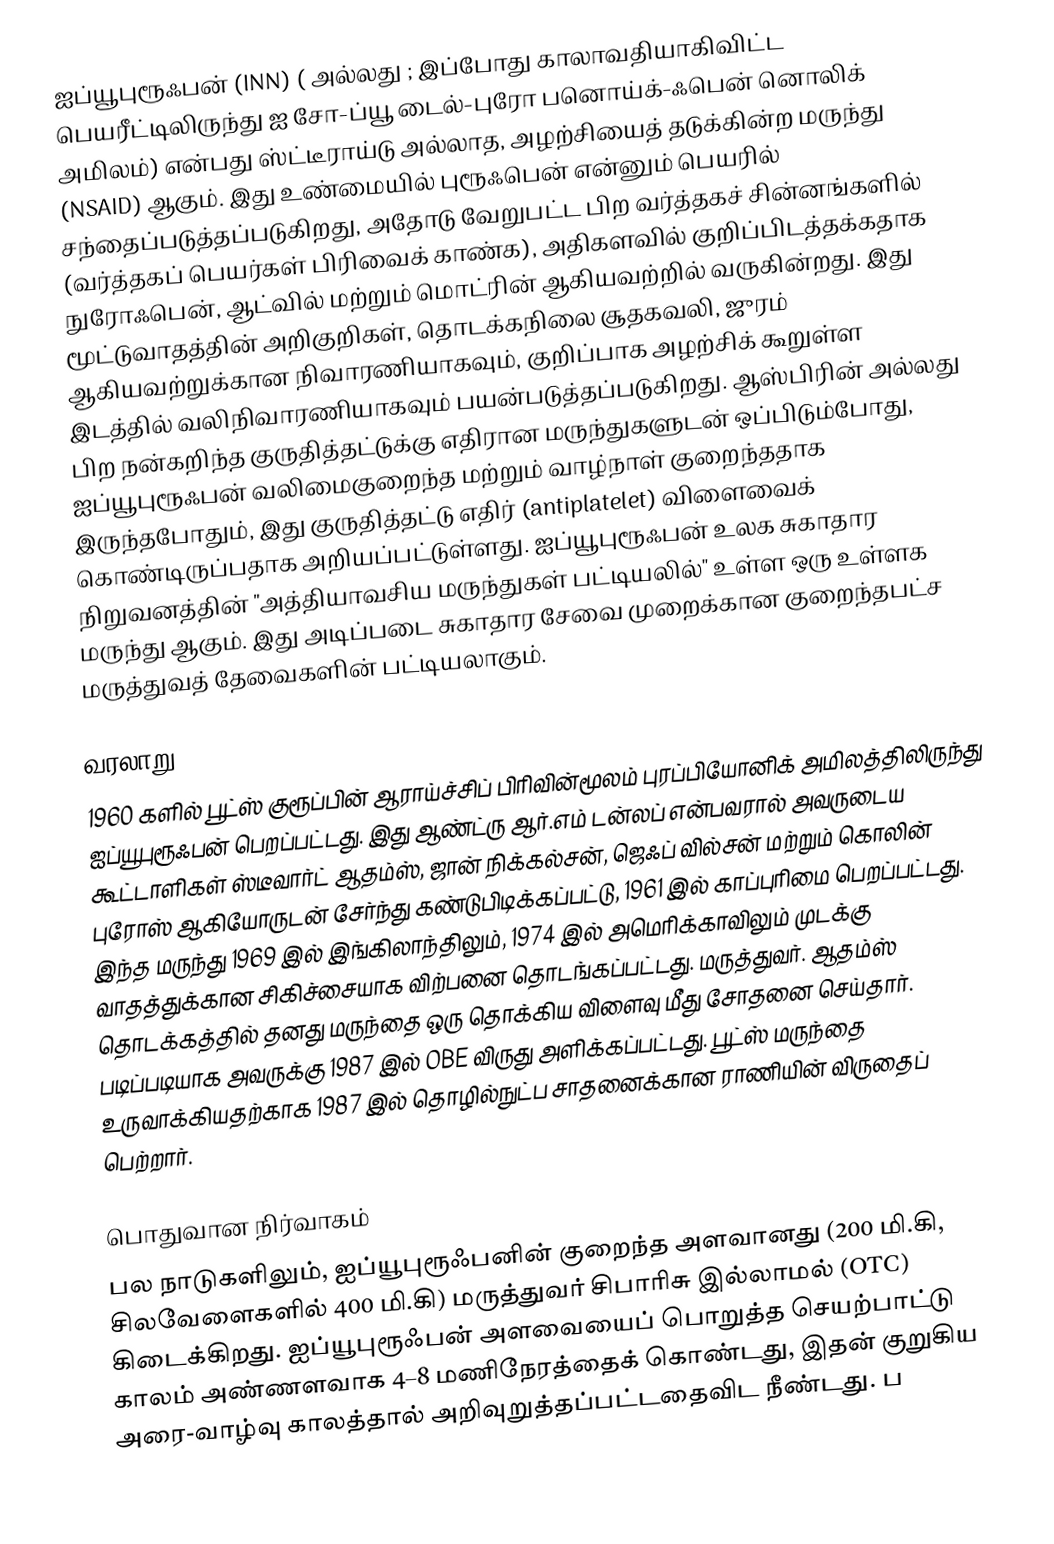
ஐப்யூபுரூஃபன்  (INN) ( அல்லது ; இப்போது காலாவதியாகிவிட்ட பெயரீட்டிலிருந்து ஐ சோ-ப்யூ டைல்-புரோ பனொய்க்-ஃபென் னொலிக் அமிலம்) என்பது ஸ்ட்டீராய்டு அல்லாத, அழற்சியைத் தடுக்கின்ற மருந்து (NSAID) ஆகும். இது உண்மையில் புரூஃபென்  என்னும் பெயரில் சந்தைப்படுத்தப்படுகிறது, அதோடு வேறுபட்ட பிற வர்த்தகச் சின்னங்களில் (வர்த்தகப் பெயர்கள் பிரிவைக் காண்க), அதிகளவில் குறிப்பிடத்தக்கதாக நுரோஃபென், ஆட்வில் மற்றும் மொட்ரின் ஆகியவற்றில் வருகின்றது. இது மூட்டுவாதத்தின் அறிகுறிகள், தொடக்கநிலை சூதகவலி, ஜுரம் ஆகியவற்றுக்கான நிவாரணியாகவும், குறிப்பாக அழற்சிக் கூறுள்ள இடத்தில் வலிநிவாரணியாகவும் பயன்படுத்தப்படுகிறது. ஆஸ்பிரின் அல்லது பிற நன்கறிந்த குருதித்தட்டுக்கு எதிரான மருந்துகளுடன் ஒப்பிடும்போது, ஐப்யூபுரூஃபன் வலிமைகுறைந்த மற்றும் வாழ்நாள் குறைந்ததாக இருந்தபோதும், இது குருதித்தட்டு எதிர் (antiplatelet) விளைவைக் கொண்டிருப்பதாக அறியப்பட்டுள்ளது. ஐப்யூபுரூஃபன் உலக சுகாதார நிறுவனத்தின் "அத்தியாவசிய மருந்துகள் பட்டியலில்" உள்ள ஒரு உள்ளக  மருந்து ஆகும். இது அடிப்படை சுகாதார சேவை முறைக்கான குறைந்தபட்ச மருத்துவத் தேவைகளின் பட்டியலாகும்.

வரலாறு
1960 களில் பூட்ஸ் குரூப்பின் ஆராய்ச்சிப் பிரிவின்மூலம் புரப்பியோனிக் அமிலத்திலிருந்து ஐப்யூபுரூஃபன் பெறப்பட்டது. இது ஆண்ட்ரு ஆர்.எம் டன்லப் என்பவரால் அவருடைய கூட்டாளிகள் ஸ்டீவார்ட் ஆதம்ஸ், ஜான் நிக்கல்சன், ஜெஃப் வில்சன் மற்றும் கொலின் புரோஸ் ஆகியோருடன் சேர்ந்து கண்டுபிடிக்கப்பட்டு, 1961 இல் காப்புரிமை பெறப்பட்டது. இந்த மருந்து 1969 இல் இங்கிலாந்திலும், 1974 இல் அமெரிக்காவிலும் முடக்கு வாதத்துக்கான சிகிச்சையாக விற்பனை தொடங்கப்பட்டது. மருத்துவர். ஆதம்ஸ் தொடக்கத்தில் தனது மருந்தை ஒரு தொக்கிய விளைவு மீது சோதனை செய்தார். படிப்படியாக அவருக்கு 1987 இல் OBE விருது அளிக்கப்பட்டது. பூட்ஸ் மருந்தை உருவாக்கியதற்காக 1987 இல் தொழில்நுட்ப சாதனைக்கான ராணியின் விருதைப் பெற்றார்.

பொதுவான நிர்வாகம்
பல நாடுகளிலும், ஐப்யூபுரூஃபனின் குறைந்த அளவானது (200 மி.கி, சிலவேளைகளில் 400 மி.கி) மருத்துவர் சிபாரிசு இல்லாமல் (OTC) கிடைக்கிறது. ஐப்யூபுரூஃபன் அளவையைப் பொறுத்த செயற்பாட்டு காலம் அண்ணளவாக 4–8 மணிநேரத்தைக் கொண்டது, இதன் குறுகிய அரை-வாழ்வு காலத்தால் அறிவுறுத்தப்பட்டதைவிட நீண்டது. ப